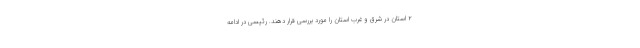
۲ استان در شرق و غرب استان را مورد بررسی قرار دهند. رئیسی در ادامه